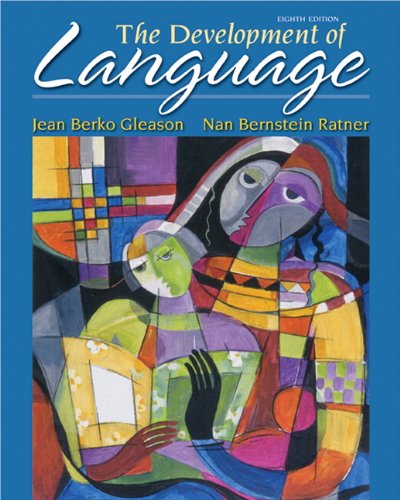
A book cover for The Development of Language (8th Edition) (The Allyn & Bacon Communication Sciences and Disorders Series); Jean B Berko Gleason; Medical Books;